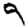
Digit: 9